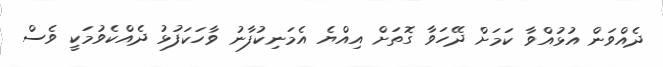
ދެއްވަން އުޅުއްވާ ކަމަށް ދޭހަވާ ގޮތަށް އިއްޔެ އެމަނިކުފާނު ވާހަކަފުޅު ދެއްކެވުމަކީ ވެސް